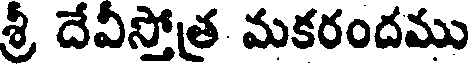
శ్రీ దేవీస్తోత్ర మకరందము